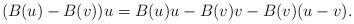
LaTeX: \begin{align*}(B(u)-B(v) ) u = B(u)u-B(v) v - B(v)(u-v).\end{align*}